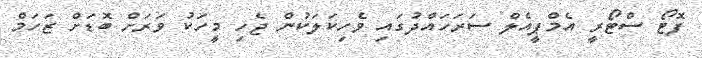
ފޮޓޯ ސްޓޯރީ އެމްޕީއެލް ސަރަހައްދުގައި ވެހިކަލަކުން ޖެހި މީހަކު ވަރަށް ބޮޑަށް ޒަހަމް